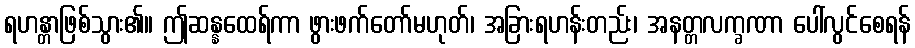
ရဟန္တာဖြစ်သွား၏။ ဤဆန္နထေရ်ကာ ဖွားဖက်တော်မဟုတ်၊ အခြားရဟန်းတည်း၊ အနတ္တလက္ခဏာ ပေါ်လွင်စေရန်